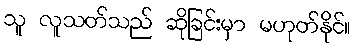
သူ လူသတ်သည် ဆိုခြင်းမှာ မဟုတ်နိုင်။